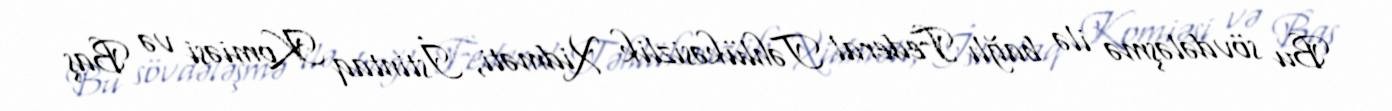
Bu sövdələşmə ilə bağlı Federal Təhlükəsizlik Xidməti, İstintaq Komiəsi və Baş